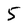
Character: 5